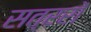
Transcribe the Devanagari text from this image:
सत्ररों